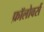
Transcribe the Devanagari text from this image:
फ़ॉलोवर्स